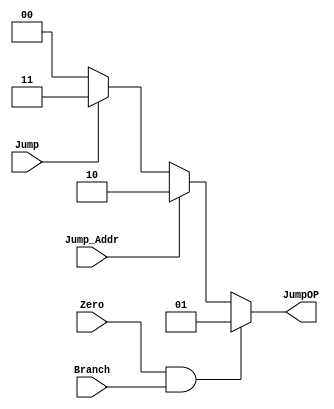
// Jump_Ctrl

module Jump_Ctrl( Zero,
                  Branch,
				  Jump,
				  Jump_Addr,	
                  JumpOP
				  // write your code in here
				  );

    input Zero, Branch, Jump, Jump_Addr;
	
	output [1:0] JumpOP;
	reg [1:0] JumpOP;
	
	// write your code in here	
	always @(*)
	begin		
		if(Zero && Branch)		//beq , bne	
			JumpOP <= 2'b01;			
		else if(Jump_Addr)		//jr
			JumpOP <= 2'b10;		
		else if(Jump)			//jump
			JumpOP <= 2'b11;	
		else					//PC+4
			JumpOP <= 2'b00;
	end
	
endmodule